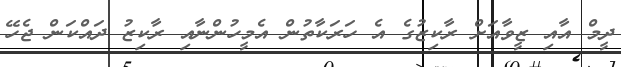
ދީމް އާއި ޒީވާއަށް ރާކިޒުގެ އެ ހަރަކާތުން އެމީހުންނާއި ރާކިޒު ދައްކަން ޖެހޭ